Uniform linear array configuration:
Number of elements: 32
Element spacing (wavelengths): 0.75
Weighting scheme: cosine
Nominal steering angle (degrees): -60
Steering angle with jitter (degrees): -61.78
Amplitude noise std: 0.05
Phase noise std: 0.05

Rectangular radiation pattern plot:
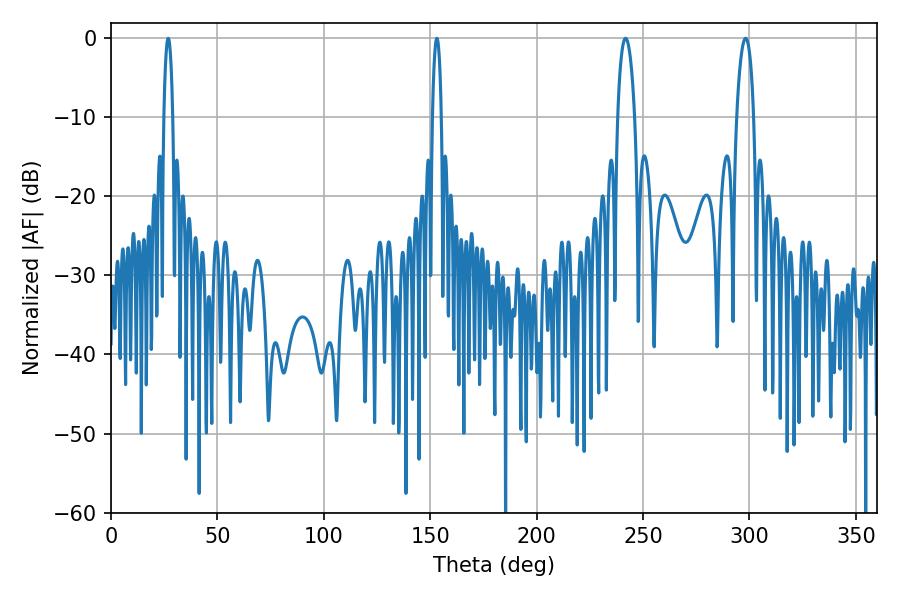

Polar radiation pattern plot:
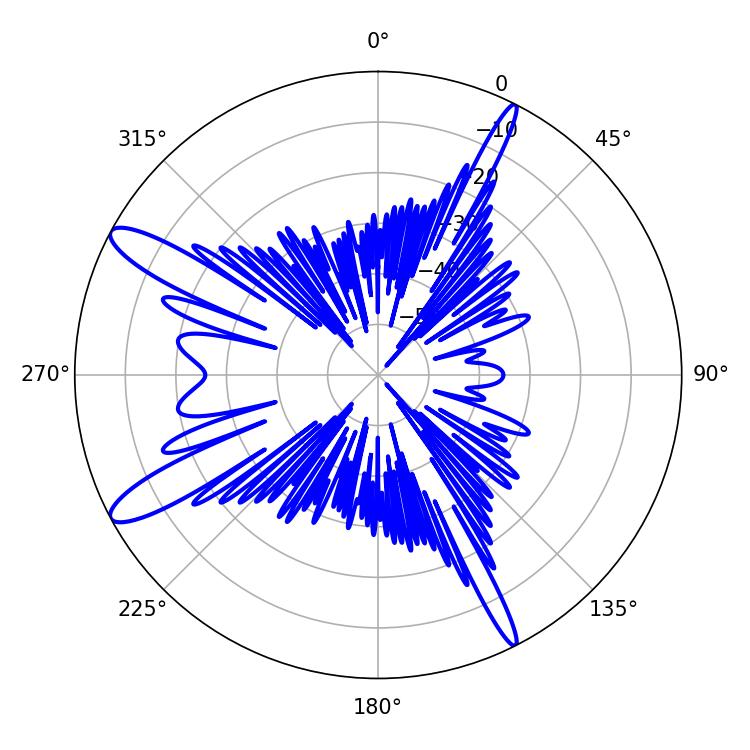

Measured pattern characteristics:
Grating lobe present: TRUE
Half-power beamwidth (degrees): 4.5
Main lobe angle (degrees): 241.74